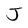
Character: J